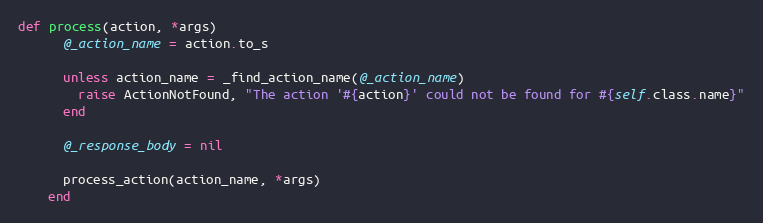
Language: Ruby
def process(action, *args)
      @_action_name = action.to_s

      unless action_name = _find_action_name(@_action_name)
        raise ActionNotFound, "The action '#{action}' could not be found for #{self.class.name}"
      end

      @_response_body = nil

      process_action(action_name, *args)
    end